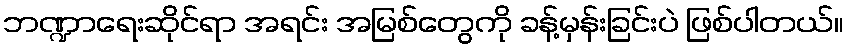
ဘဏ္ဍာရေးဆိုင်ရာ အရင်း အမြစ်တွေကို ခန့်မှန်းခြင်းပဲ ဖြစ်ပါတယ်။